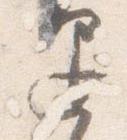
退